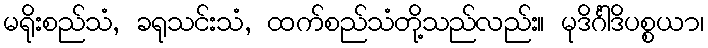
မရိုးစည်သံ, ခရုသင်းသံ, ထက်စည်သံတို့သည်လည်း။ မုဒိင်္ဂါဒိပစ္စယာ၊